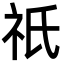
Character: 祇